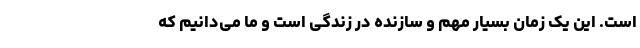
است. این یک زمان بسیار مهم و سازنده در زندگی است و ما می‌دانیم که